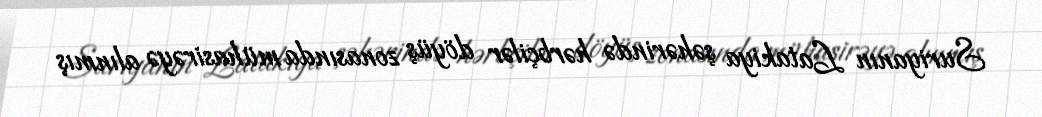
Suriyanın Latakiya şəhərində hərbçilər döyüş zonasında mühasirəyə alınmış